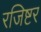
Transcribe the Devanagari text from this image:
रजिष्टर